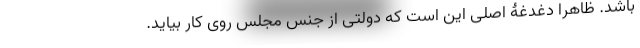
باشد. ظاهرا دغدغۀ اصلی این است که دولتی از جنس مجلس روی کار بیاید.